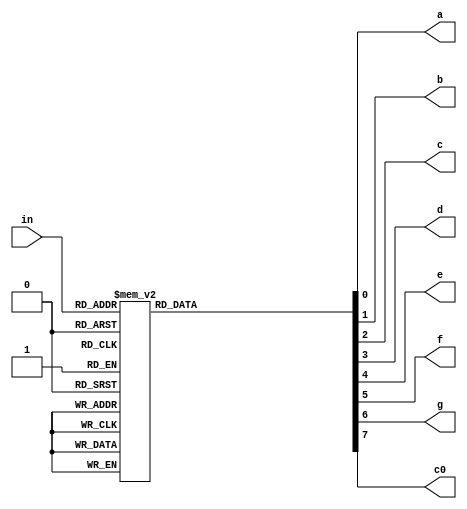
module seg7(a,b,c,d,e,f,g,c0,in);
input [3:0]in;
output a,b,c,d,e,f,g,c0;

reg a,b,c,d,e,f,g,c0;

always@(*)
begin
 case(in)
  4'b0000: begin a=1;b=1;c=1;d=1;e=1;f=1;g=0;c0=1; end //0
  4'b0001: begin a=0;b=1;c=1;d=0;e=0;f=0;g=0;c0=1; end //1
  4'b0010: begin a=1;b=1;c=0;d=1;e=1;f=0;g=1;c0=1; end //2
  4'b0011: begin a=1;b=1;c=1;d=1;e=0;f=0;g=1;c0=1; end //3
  4'b0100: begin a=0;b=1;c=1;d=0;e=0;f=1;g=1;c0=1; end //4
  4'b0101: begin a=1;b=0;c=1;d=1;e=0;f=1;g=1;c0=1; end //5
  4'b0110: begin a=1;b=0;c=1;d=1;e=1;f=1;g=1;c0=1; end //6
  4'b0111: begin a=1;b=1;c=1;d=0;e=0;f=1;g=0;c0=1; end //7
  4'b1000: begin a=1;b=1;c=1;d=1;e=1;f=1;g=1;c0=1; end //8
  4'b1001: begin a=1;b=1;c=1;d=1;e=0;f=1;g=1;c0=1; end //9
  4'b1010: begin a=1;b=1;c=1;d=0;e=1;f=1;g=1;c0=1; end //A
  4'b1011: begin a=0;b=0;c=1;d=1;e=1;f=1;g=1;c0=1; end //B
  4'b1100: begin a=1;b=0;c=0;d=1;e=1;f=1;g=0;c0=1; end //C
  4'b1101: begin a=0;b=1;c=1;d=1;e=1;f=0;g=0;c0=1; end //D
  4'b1110: begin a=1;b=0;c=0;d=1;e=1;f=1;g=1;c0=1; end //E
  4'b1111: begin a=1;b=0;c=0;d=0;e=1;f=1;g=1;c0=1; end //F
endcase
end
endmodule